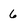
Character: 6